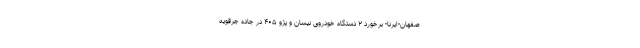
صفهان-ایرنا- برخورد ۲ دستگاه خودروی نیسان و پژو ۴۰۵ در جاده جرقویه